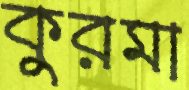
কুরমা